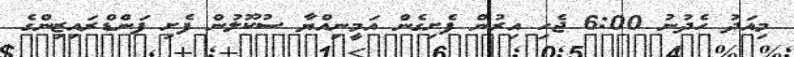
މިއަދު ހެދުނު 6:00 ޖެހި އިރުން ފެށިގެން އަމީނިއްޔާ ސުކޫލުން ފެށި ފަންޑްރައިޒިންގެ